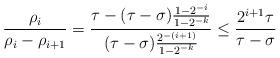
LaTeX: \begin{align*}\frac{\rho_i}{\rho_i-\rho_{i+1}}=\frac{\tau-(\tau-\sigma)\frac{1-2^{-i}}{1-2^{-k}}}{(\tau-\sigma)\frac{2^{-(i+1)}}{1-2^{-k}}}\leq \frac{2^{i+1}\tau}{\tau-\sigma}\end{align*}